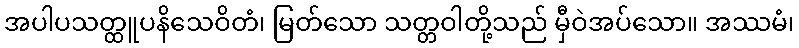
အပါပသတ္ထူပနိသေဝိတံ၊ မြတ်သော သတ္တဝါတို့သည် မှီဝဲအပ်သော။ အဿမံ၊